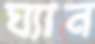
ঘ্যান